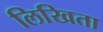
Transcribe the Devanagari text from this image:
लिखिता